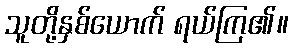
သူတို့နှစ်ယောက် ရယ်ကြ၏။